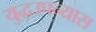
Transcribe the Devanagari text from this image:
युद्धउपन्यास